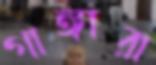
গাঙ্গারা